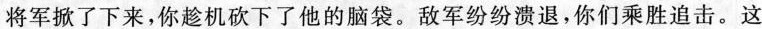
将军掀了下来,你趁机砍下了他的脑袋。敌军纷纷溃退,你们乘胜追击。这